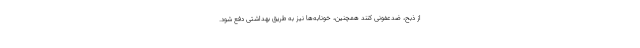
از ذبح، ضدعفونی کنند همچنین، خونابه‌ها نیز به طریق بهداشتی دفع شود.